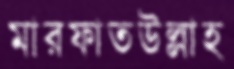
মারফাতউল্লাহ